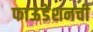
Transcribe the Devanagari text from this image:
फाऊंडेशनची